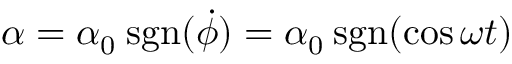
\alpha = \alpha _ { 0 } \: \mathrm { s g n } ( \dot { \phi } ) = \alpha _ { 0 } \: \mathrm { s g n } ( \cos \omega t )